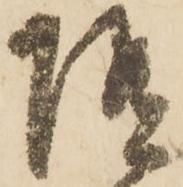
随